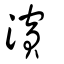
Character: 濵